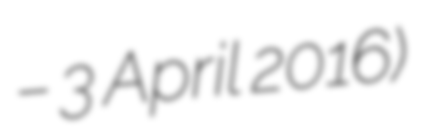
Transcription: – 3 April 2016)